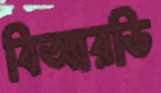
বিআরডি